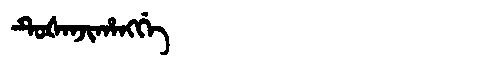
Manchu: ᡨᡠᡧᠠᠨᠵᡳᡥᠠᠩᡤᡝ
Romanization: TUŠANJIHANGGE